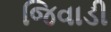
જિવાડી